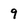
Character: 9